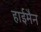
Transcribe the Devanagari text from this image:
हाईमैन